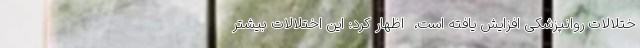
ختلالات روانپزشکی افزایش یافته است، ‌ اظهار کرد: این اختلالات بیشتر